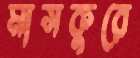
মাসকুরে